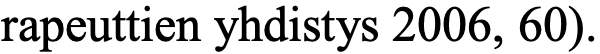
rapeuttien yhdistys 2006, 60).